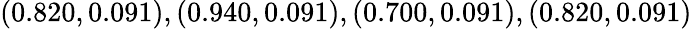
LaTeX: (0.820,0.091),(0.940,0.091),(0.700,0.091),(0.820,0.091)